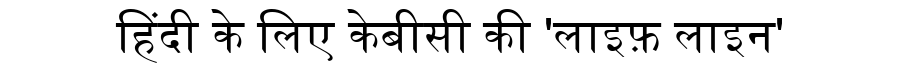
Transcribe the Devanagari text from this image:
हिंदी के लिए केबीसी की 'लाइफ़ लाइन'